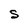
Character: S